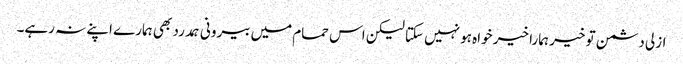
ازلی دشمن تو خیر ہمارا خیر خواہ ہو نہیں سکتا لیکن اس حمام میں بیرونی ہمدرد بھی ہمارے اپنے نہ رہے۔